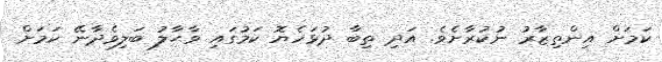
ކަމަށް އިންތިޒާރު ނުކުރާށެވެ. އަދި ތިބާ ދުޅަހެޔޮ ކަމުގައި ވާޙާލު ބަލިވެދާނޭ ކަމަށް